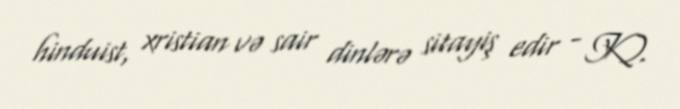
hinduist, xristian və sair dinlərə sitayiş edir - K).